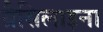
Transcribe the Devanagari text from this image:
ग्रैसिलाइना